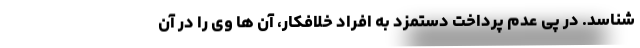
شناسد. در پی عدم پرداخت دستمزد به افراد خلافکار، آن ها وی را در آن